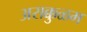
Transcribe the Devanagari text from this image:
अराक्कुळम